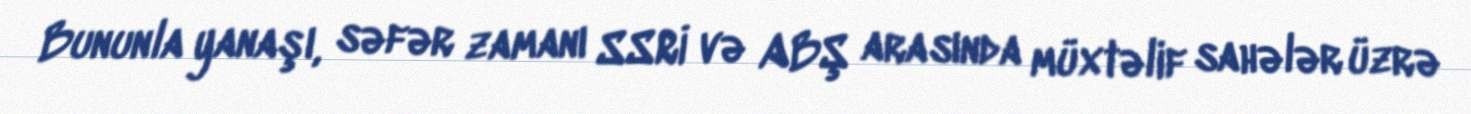
Bununla yanaşı, səfər zamanı SSRİ və ABŞ arasında müxtəlif sahələr üzrə